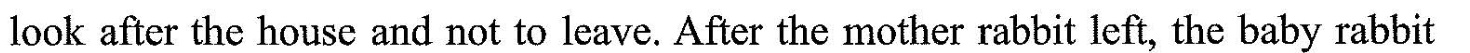
look after the house and not to leave. After the mother rabbit left, the baby rabbit